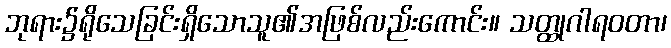
ဘုရား၌ရိုသေခြင်းရှိသောသူ၏အဖြစ်လည်းကောင်း။ သတ္ထုဂါရဝတာ၊